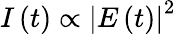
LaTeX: I\left(t\right)\propto\left|E\left(t\right)\right|^{2}